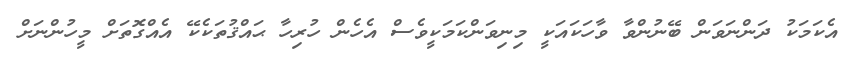
އެކަމަކު ދަންނަވަން ބޭނުންވާ ވާހަކައަކީ މިނިވަންކަމަކީވެސް އެހެން ހުރިހާ ޙައްޤުތަކެކޭ އެއްގޮތަށް މީހުންނަށް